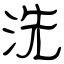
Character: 洗